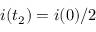
i ( t _ { 2 } ) = i ( 0 ) / 2